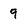
Character: 9